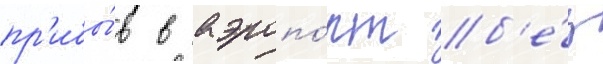
пр'ибы́в в аэропо́рт б'е́з